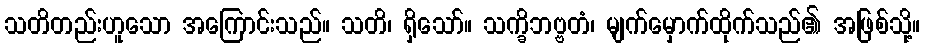
သတိတည်းဟူသော အကြောင်းသည်။ သတိ၊ ရှိသော်။ သက္ခိဘဗ္ဗတံ၊ မျက်မှောက်ထိုက်သည်၏ အဖြစ်သို့။